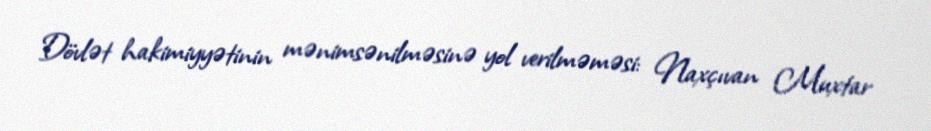
Dövlət hakimiyyətinin mənimsənilməsinə yol verilməməsi: Naxçıvan Muxtar